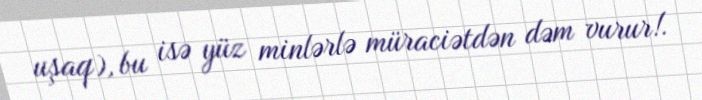
uşaq), bu isə yüz minlərlə müraciətdən dəm vurur!.